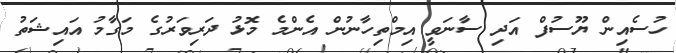
ހުސެއިން ޔޫސުފް އަދި ސާނަވީ އިމްތިހާނުން އެންމެ މޮޅު ދަރިވަރުގެ މަގާމު އައިޝަތު